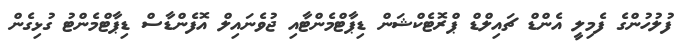
ފުލުހުންގެ ފެމިލީ އެންޑް ޗައިލްޑް ޕްރޮޓެކްޝަން ޑިޕާޓްމެންޓާއި ޖުވެނައިލް އޮފެންޑާސް ޑިޕާޓްމެންޓު ގުޅިގެން